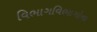
વિભાગવિભાગોના